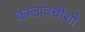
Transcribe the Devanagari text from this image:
कालावधीशी